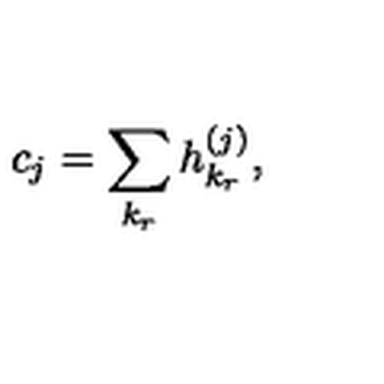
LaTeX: c _ { j } = \sum _ { k _ { r } } h _ { k _ { r } } ^ { ( j ) } ,